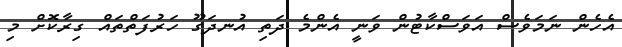
އެހެން ނަމަވެސް އަވަސްކާޓުން ވަނީ އެންމެ ދަތި އުނދަގޫ ހަރުފަތްތައް ގިރާކޮށް މި